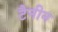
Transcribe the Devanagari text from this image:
टैनीन